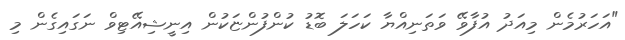
"އަހަރުމެން މިއަދު އުފާވޭ ވަތަނިއްޔާ ކަހަލަ ބޮޑު ކުންފުންޏަކުން އިނީޝިއޭޓިވް ނަގައިގެން މި